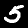
Digit: 5